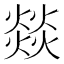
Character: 燚